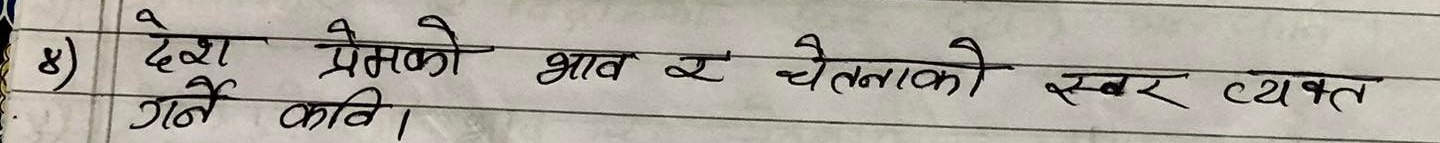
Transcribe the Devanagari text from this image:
देश प्रेमको भाव र चेतनाको स्वर व्यक्त गर्ने कवि।